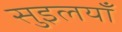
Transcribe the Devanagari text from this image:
सुइलयाँ